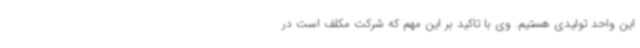
این واحد تولیدی هستیم. وی با تاکید بر این مهم که شرکت مکلف است در